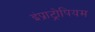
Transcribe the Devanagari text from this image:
इंप्राट्रोपियम